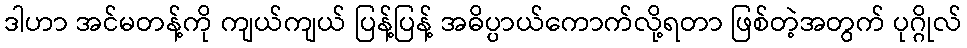
ဒါဟာ အင်မတန့်ကို ကျယ်ကျယ် ပြန့်ပြန့် အဓိပ္ပာယ်ကောက်လို့ရတာ ဖြစ်တဲ့အတွက် ပုဂ္ဂိုလ်